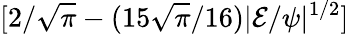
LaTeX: [2/\sqrt{\pi}-(15\sqrt{\pi}/16)|{\cal E}/\psi|^{1/2}]